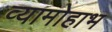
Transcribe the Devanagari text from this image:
व्यामोहाभ